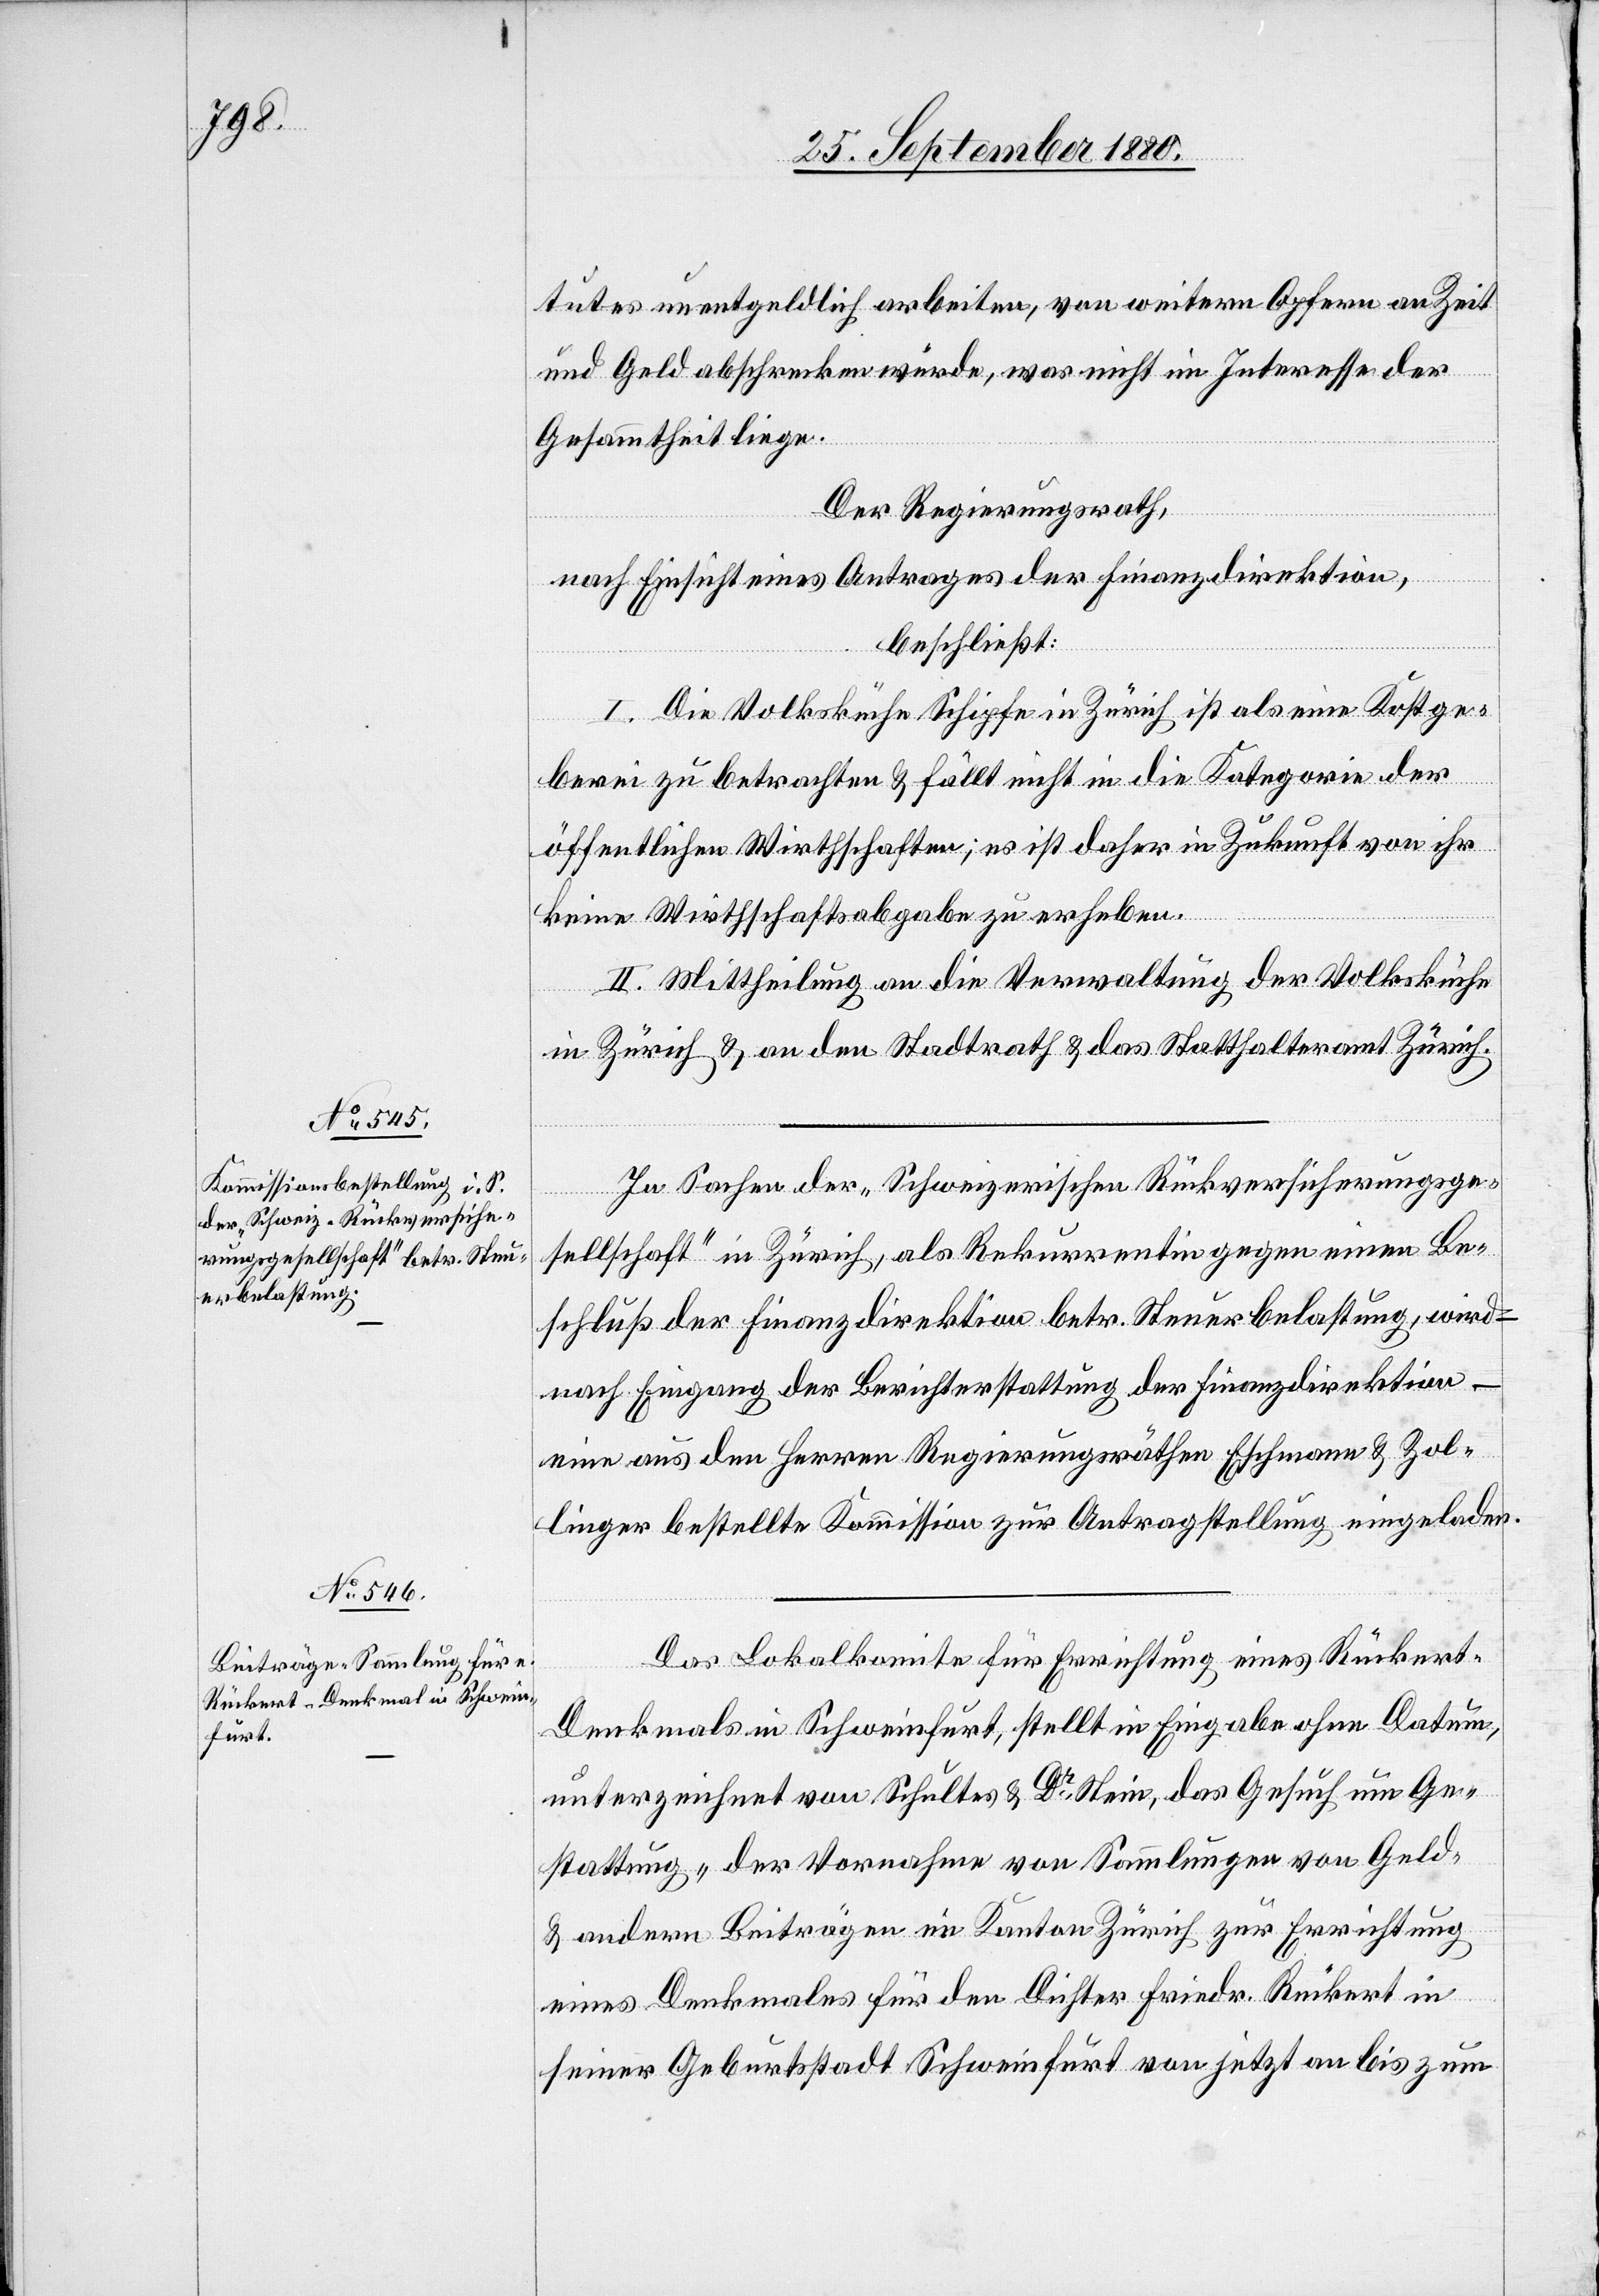
tutes unentgeldlich arbeiten, von weitern Opfern an Zeit
und Geld abschrecken würde, was nicht im Interesse der
Gesammtheit liege.
Der Regierungsrath,
nach Einsicht eines Antrages der Finanzdirektion,
beschließt:
I. Die Volksküche Schipfe in Zürich ist als eine Kostge¬
berei zu betrachten & fällt nicht in die Kategorie der
öffentlichen Wirthschaften; es ist daher in Zukunft von ihr
keine Wirthschaftsabgabe zu erheben.
II. Mittheilung an die Verwaltung der Volksküche
in Zürich & an den Stadtrath & das Statthalteramt Zürich.
In Sachen der „Schweizerischen Rückversicherungsge¬
sellschaft“ in Zürich, als Rekurrentin gegen einen Be¬
schluß der Finanzdirektion betr. Steuerbelastung, wird
nach Eingang der Berichterstattung der Finanzdirektion –
eine aus den Herren Regierungsräthen Eschmann & Zol¬
linger bestellte Kommission zur Antragstellung eingeladen.
Das Lokalkomite für Errichtung eines Rücker¬
t-Denkmals in Schweinfurt, stellt in Eingabe ohne Datum,
unterzeichnet von Schultes & Dr Stein, das Gesuch um Ge¬
stattung „der Vornahme von Sammlungen von Geld-
& andern Beiträgen im Kanton Zürich zur Errichtung
eines Denkmales für den Dichter Friedr. Rückert in
seiner Geburtsstadt Schweinfurt von jetzt an bis zum